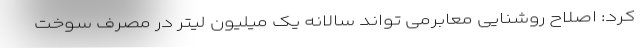
کرد: اصلاح روشنایی معابرمی تواند سالانه یک میلیون لیتر در مصرف سوخت